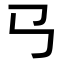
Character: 𢎘